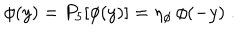
\phi ( y ) = P _ { 5 } [ \phi ( y ) ] = \eta _ { \phi } \, \phi ( - y ) \; .